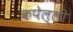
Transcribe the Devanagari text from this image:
कपेल्ली